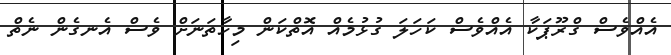
އެއްވެސް ގްރޫޕަކާ އެއްވެސް ކަހަލަ ގުޅުމެއް އޮތްކަން މިހާތަނަށް ވެސް އެނގެން ނެތް